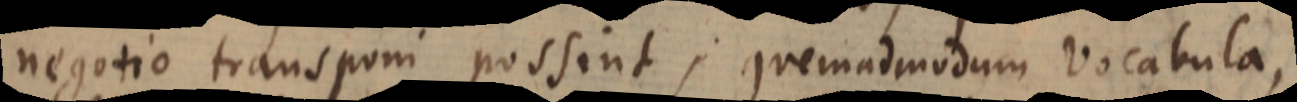
negotio transponi possint; quemadmodum vocabula,